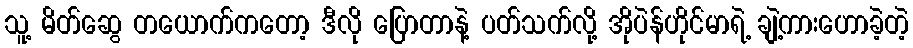
သူ့ မိတ်ဆွေ တယောက်ကတော့ ဒီလို ပြောတာနဲ့ ပတ်သက်လို့ အိုပဲန်ဟိုင်မာရဲ့ ချဲ့ကားဟောခဲ့တဲ့